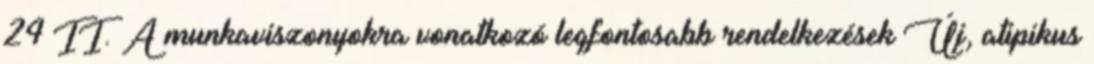
24 II. A munkaviszonyokra vonatkozó legfontosabb rendelkezések Új, atipikus